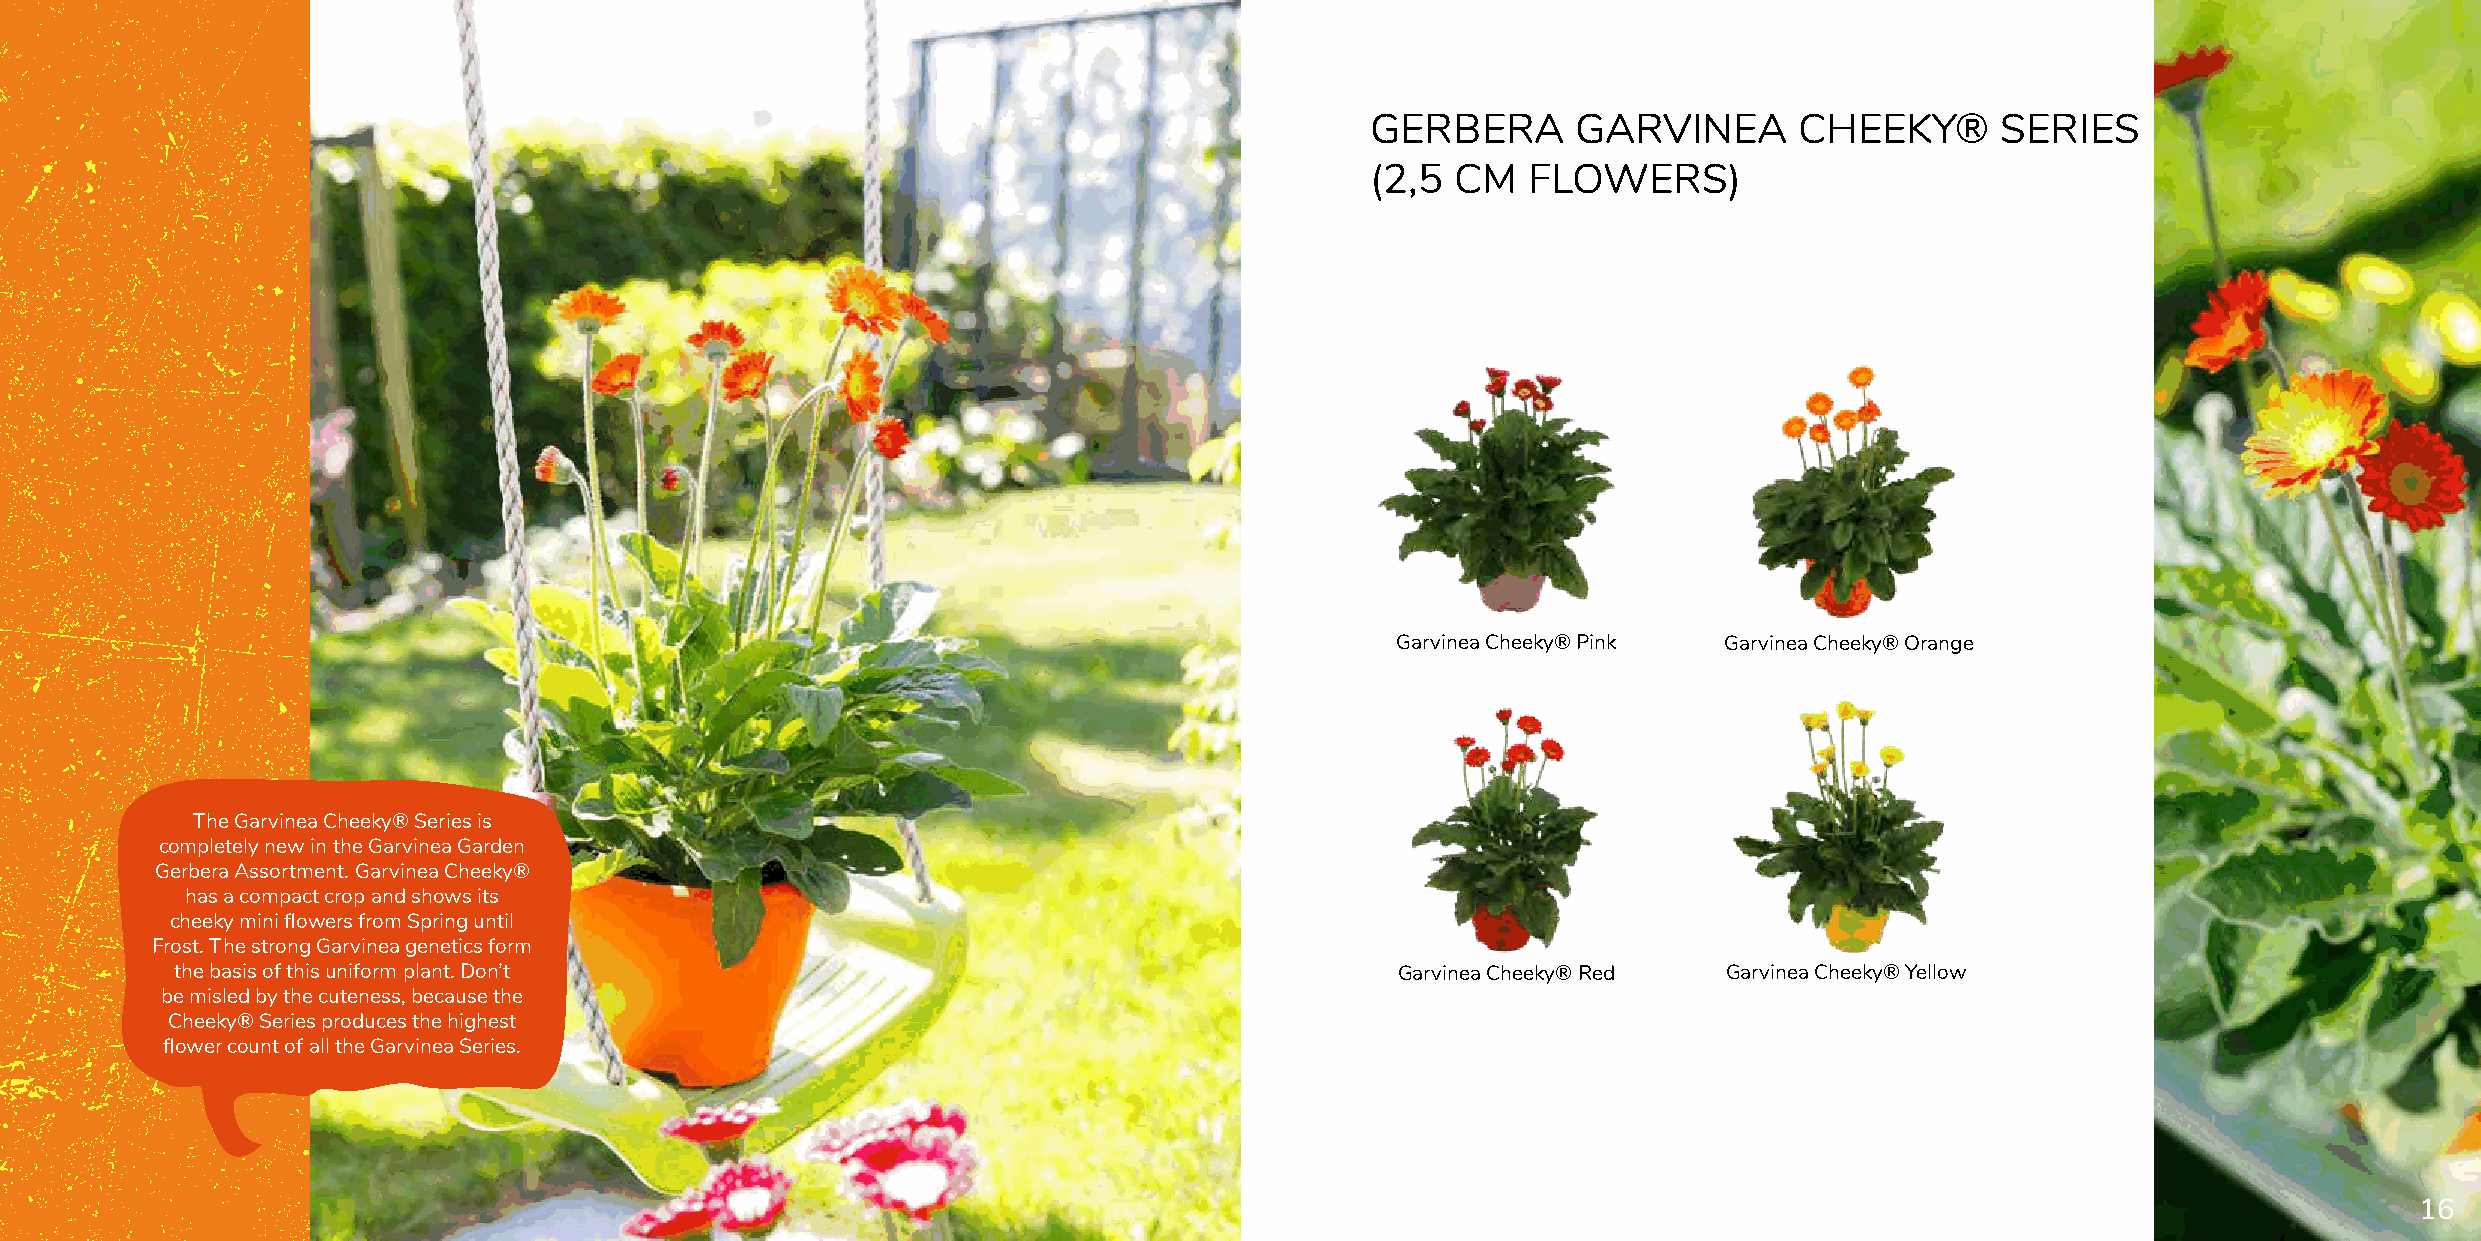
GERBERA      GARVINEA       CHEEKY®      SERIES
 (2,5 CM   FLOWERS)
 Garvinea Cheeky® Pink Garvinea Cheeky® Orange
 The Garvinea Cheeky® Series is
 completely new in the Garvinea Garden
 Gerbera Assortment. Garvinea Cheeky®
 has a compact crop and shows its
 cheeky mini flowers from Spring until
 Frost. The strong Garvinea genetics form
 the basis of this uniform plant. Don’t                                           Garvinea Cheeky® Red Garvinea Cheeky® Yellow
 be misled by the cuteness, because the
 Cheeky® Series produces the highest
 flower count of all the Garvinea Series.
 16